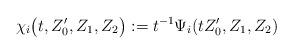
LaTeX: \begin{align*}\chi_i\bigl(t,Z_0',Z_1,Z_2\bigr):=t^{-1}\Psi_i(tZ_0',Z_1,Z_2)\end{align*}